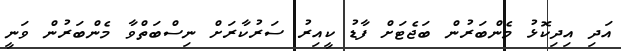
އަދި އިދިކޮޅު މެންބަރުން ބަޖެޓަށް ފާޑު ކީއިރު ސަރުކާރަށް ނިސްބަތްވާ މެންބަރުން ވަނީ